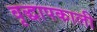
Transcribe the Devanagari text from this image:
वृद्धापकाली